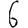
Digit: 6